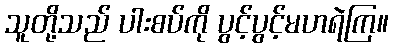
သူတို့သည် ပါးစပ်ကို ပွင့်ပွင့်မဟရဲကြ။